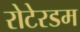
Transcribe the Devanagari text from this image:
रोटेरडम